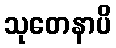
သုတေနာပိ